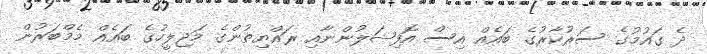
ދެ ގައުމުގެ ސަރުކާރުގެ ބައެއް އިސް އޮފިޝަލުންނާއި ރައްޔިތުންގެ މަޖިލީހުގެ ބައެއް މެމްބަރުން